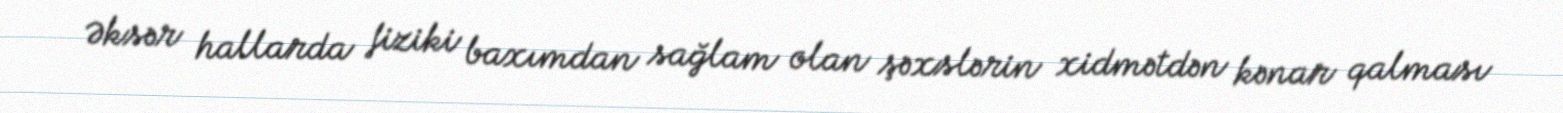
Əksər hallarda fiziki baxımdan sağlam olan şəxslərin xidmətdən kənar qalması